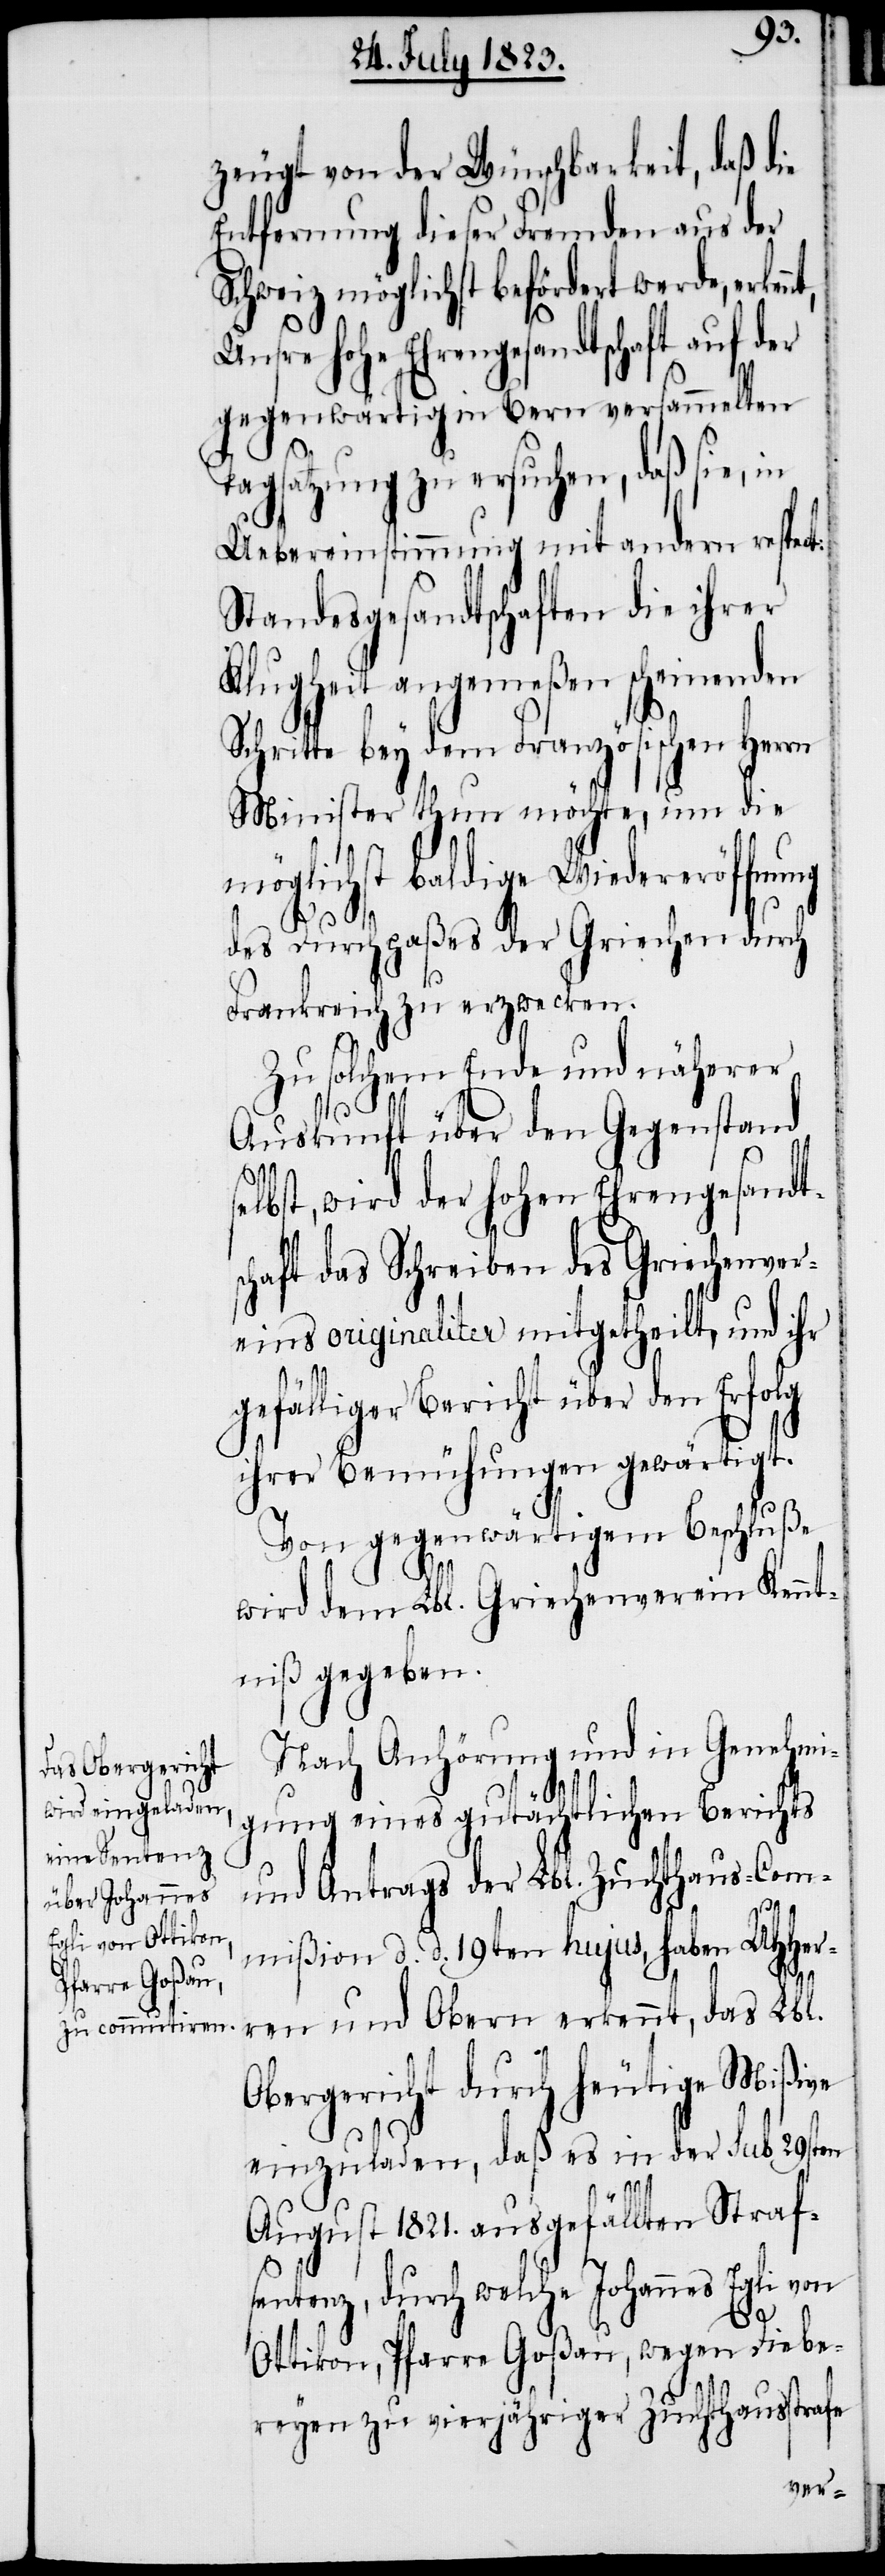
zeugt von der Wünschbarkeit, daß die
Entfernung dieser Fremden aus der
Schweiz möglichst befördert werde, erken¬
Unsre hohe Ehrengesandtschaft auf der
g¬
gegenwärtig in Bern versammelten
Tagsatzung zu ersuchen, daß sie,
Uebereinstimmung mit andern respect:
Standesgesandtschaften die ihrer
Klugheit angemeßen scheinenden
Schritte bey dem Französischen Herrn
Minister thun möchte, um die
möglichst baldige Wiedereröffnu¬
ng
des Durchpaßes der Griechen durch
Frankreich zu erzwecken.
Zu solchem Ende und näherer
Auskunft über den Gegenstand
elbst, wird der hohen Ehrengesandts¬
chaft das Schreiben des Griechenver¬
eins originaliter mitgetheilt, und ihr
efälliger Bericht über den Erfolg
ihrer Bemühungen gewärtigt.
Von gegenwärtigem Beschluße
wird dem Lbl. Griechenverein Kenn¬
tniß gegeben.
Nach Anhörung und in Genehmi¬
gung eines gutächtlichen Berichts
und Antrags der Lbl. Zuchthaus-Com¬
mißion d. d. 19ten hujus, haben UHHer¬
ren und Obern erkennt, das Lbl.
Obergericht durch heutige Mißive
einzuladen, daß es in der sub 29sten
August 1821. ausgefällten Straf¬
sentenz, durch welche Johannes Egli von
Ottikon, Pfarre Goßau, wegen Diebe¬
reyen zu vierjähriger Zuchthausstrafe